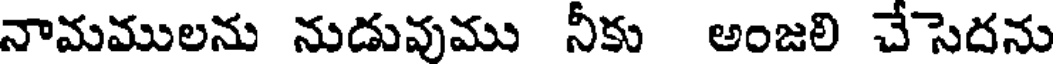
నామములను నుడువుము నీకు అంజలి చేసెదను